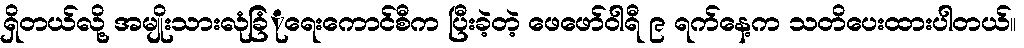
ရှိတယ်လို့ အမျိုးသားလုံခြံုံရေးကောင်စီက ပြီးခဲ့တဲ့ ဖေဖော်ဝါရီ ၉ ရက်နေ့က သတိပေးထားပါတယ်။